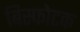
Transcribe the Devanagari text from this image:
बिस्फोटक